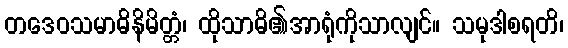
တဒေဝသမာဓိနိမိတ္တံ၊ ထိုသာဓိ၏အာရုံကိုသာလျင်။ သမုဒါစရတိ၊